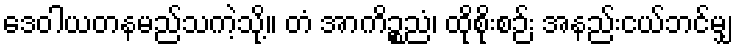
ဒေဝါယတနမည်သကဲ့သို့။ တံ အာကိဉ္စညံ၊ ထိုစိုးစဉ်း အနည်းငယ်ဘင်မျှ